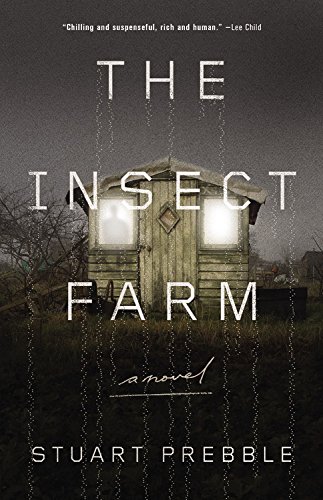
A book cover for The Insect Farm; Stuart Prebble; Literature & Fiction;